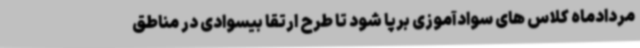
مردادماه کلاس های سوادآموزی برپا شود تا طرح ارتقا بیسوادی در مناطق